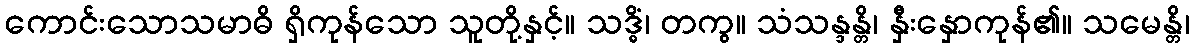
ကောင်းသောသမာဓိ ရှိကုန်သော သူတို့နှင့်။ သဒ္ဓိံ၊ တကွ။ သံသန္ဒန္တိ၊ နှီးနှောကုန်၏။ သမေန္တိ၊